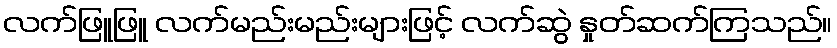
လက်ဖြူဖြူ လက်မည်းမည်းများဖြင့် လက်ဆွဲ နှုတ်ဆက်ကြသည်။